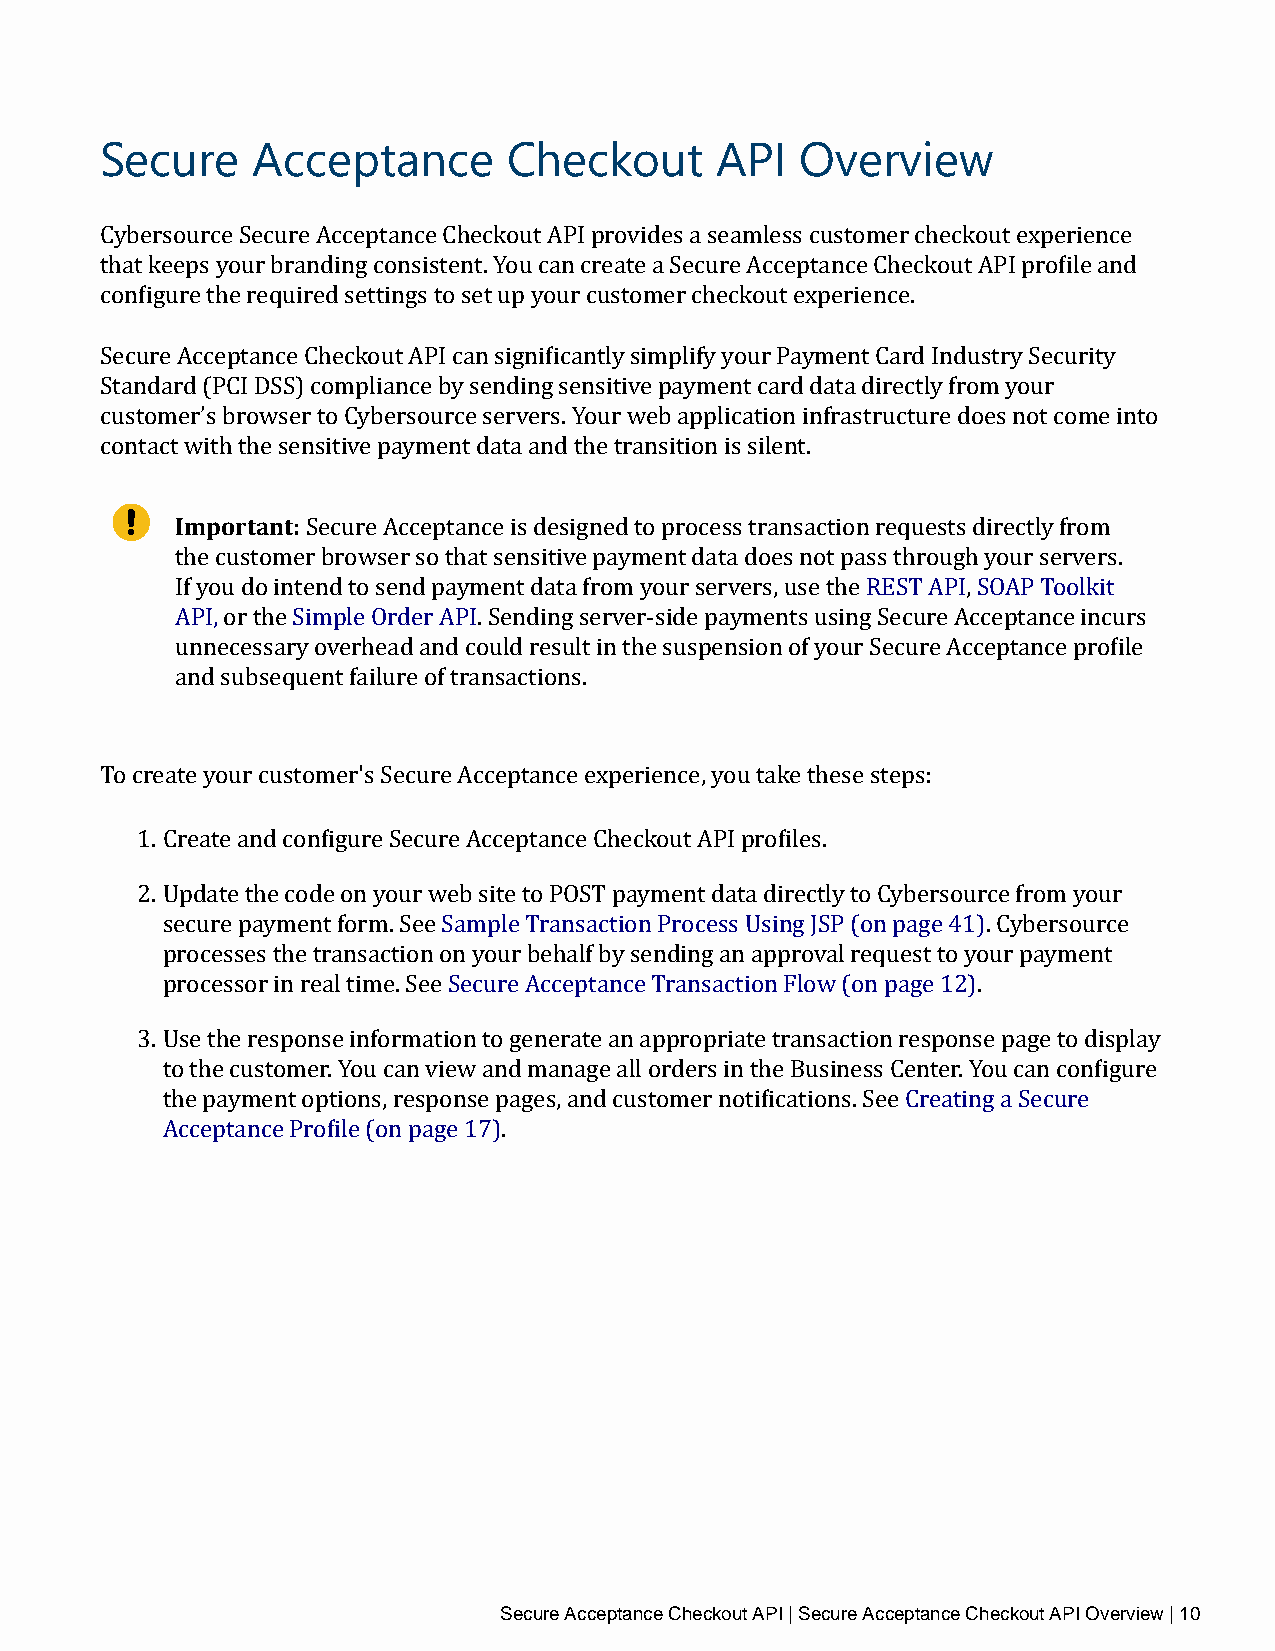
Secure    Acceptance       Checkout     API   Overview
 Cybersource Secure Acceptance Checkout API provides a seamless customer checkout experience
 that keeps your branding consistent. You can create a Secure Acceptance Checkout API profile and
 configure the required settings to set up your customer checkout experience.
 Secure Acceptance Checkout API can significantly simplify your Payment Card Industry Security
 Standard (PCI DSS) compliance by sending sensitive payment card data directly from your
 customer’s browser to Cybersource servers. Your web application infrastructure does not come into
 contact with the sensitive payment data and the transition is silent.
 Important:
 Secure Acceptance is designed to process transaction requests directly from
 the customer browser so that sensitive payment data does not pass through your servers.
 If you do intend to send payment data from your servers, use the REST API, SOAP Toolkit
 API, or the Simple Order API. Sending server‑side payments using Secure Acceptance incurs
 unnecessary overhead and could result in the suspension of your Secure Acceptance profile
 and subsequent failure of transactions.
 To create your customer's Secure Acceptance experience, you take these steps:
 1. Create and configure Secure Acceptance Checkout API profiles.
 2. Update the code on your web site to POST payment data directly to Cybersource from your
 secure payment form. See Sample Transaction Process Using JSP (on page 41). Cybersource
 processes the transaction on your behalf by sending an approval request to your payment
 processor in real time. See Secure Acceptance Transaction Flow (on page 12).
 3. Use the response information to generate an appropriate transaction response page to display
 to the customer. You can view and manage all orders in the Business Center. You can configure
 the payment options, response pages, and customer notifications. See Creating a Secure
 Acceptance Profile (on page 17).
 Secure Acceptance Checkout API | Secure Acceptance Checkout API Overview | 10